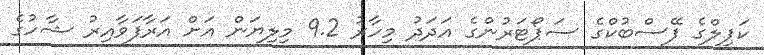
ކަޕިލްގެ ފޭސްބުކްގެ ސަޕޯޓަރުންގެ އަދަދު މިހާރު 9.2 މިލިޔަން އަށް އަރާފަވާއިރު ޝާހުގެ